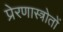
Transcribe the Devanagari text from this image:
प्रेरणास्त्रोतों